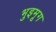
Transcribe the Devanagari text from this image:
भुइमूग